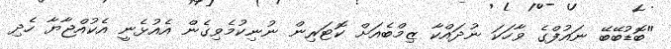
"ބޮޑުބޭބޭ ނައުފްގެ ވާހަކަ ނުދައްކާ ޒިމްބެއަށް ކޮޓަރިން ނުނިކުމެވިގެން އެއުޅެނީ އެކުއްޖާޔާ ހެދި